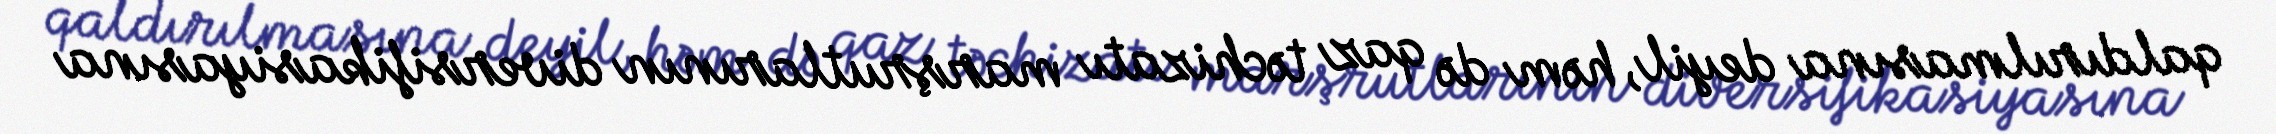
qaldırılmasına deyil, həm də qaz təchizatı marşrutlarının diversifikasiyasına